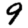
Digit: 9